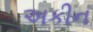
અકીન